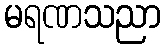
မရဏသညာ